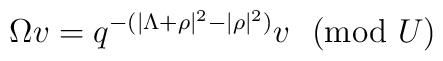
\Omega v=q^{-(|\Lambda+\rho|^2-|\rho|^2)}v~~({\rm mod}~U)